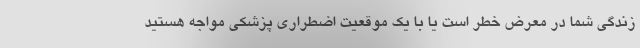
زندگی شما در معرض خطر است یا با یک موقعیت اضطراری پزشکی مواجه هستید